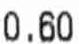
0.60